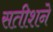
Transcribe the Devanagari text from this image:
सतीशने